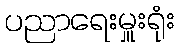
ပညာရေးမှူးရုံး